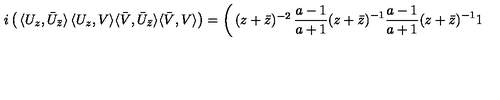
i \left( \begin{matrix} { \langle U _ { z } , \bar { U } _ { \bar { z } } \rangle } & { \langle U _ { z } , V \rangle } \\ { \langle \bar { V } , \bar { U } _ { \bar { z } } \rangle } & { \langle \bar { V } , V \rangle } \\ \end{matrix} \right) = \left( \begin{matrix} { ( z + \bar { z } ) ^ { - 2 } } & { \frac { a - 1 } { a + 1 } ( z + \bar { z } ) ^ { - 1 } } \\ { \frac { a - 1 } { a + 1 } ( z + \bar { z } ) ^ { - 1 } } & { 1 } \\ \end{matrix} \right)